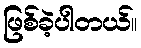
ဖြစ်ခဲ့ပါတယ်။